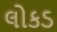
લોકડ